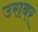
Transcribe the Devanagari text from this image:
उराबर